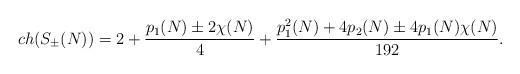
LaTeX: \begin{align*}ch(S_{\pm}(N))=2+{{p_1(N)\pm 2\chi(N)}\over{4}}+{{p_1^2(N)+4p_2(N)\pm 4p_1(N)\chi(N)}\over{192}}.\end{align*}